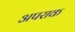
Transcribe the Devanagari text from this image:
अपराक